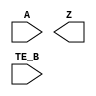
module sky130_fd_sc_lp__busdriver2 (
    //# {{data|Data Signals}}
    input  A   ,
    output Z   ,

    //# {{control|Control Signals}}
    input  TE_B
);

    // Voltage supply signals
    supply1 VPWR;
    supply0 VGND;
    supply1 VPB ;
    supply0 VNB ;

endmodule